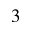
^ 3